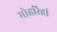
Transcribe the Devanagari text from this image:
मोहरिहां